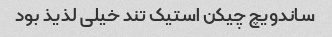
ساندویچ چیکن استیک تند خیلی لذیذ بود